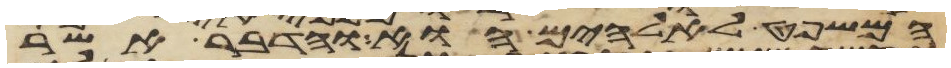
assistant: המשפט לאלהים הוא והדבר אשר